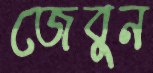
জেবুন